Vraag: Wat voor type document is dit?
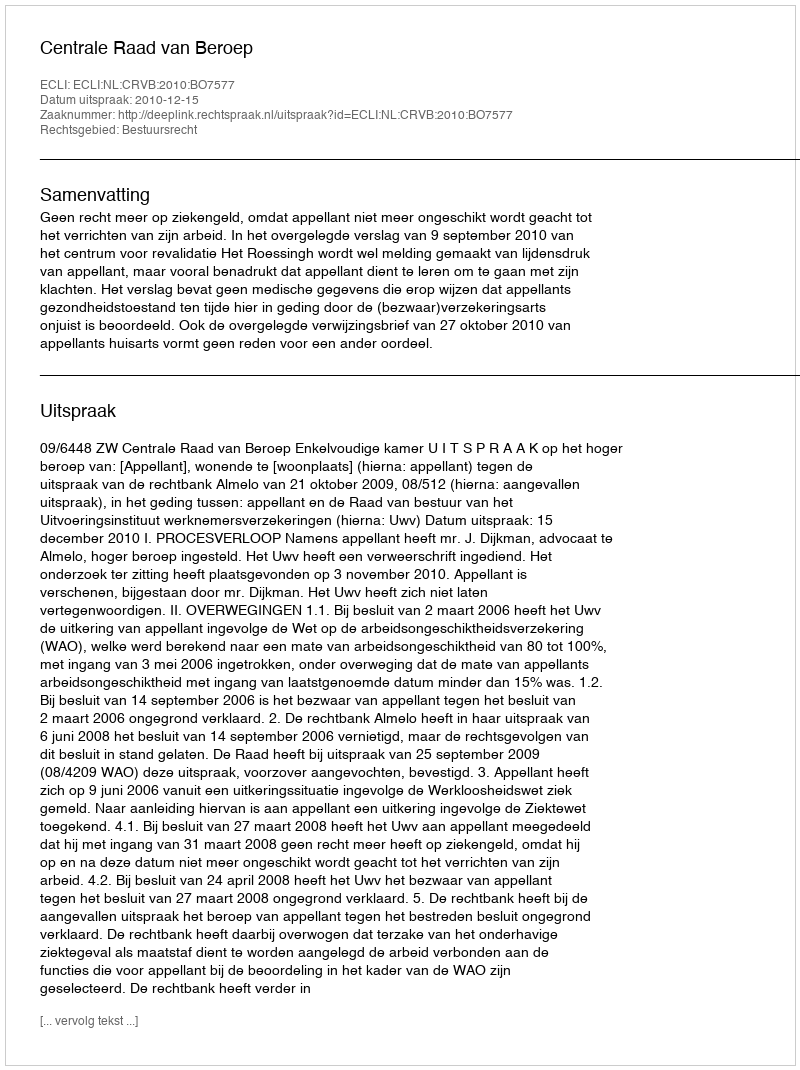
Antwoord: Uitspraak